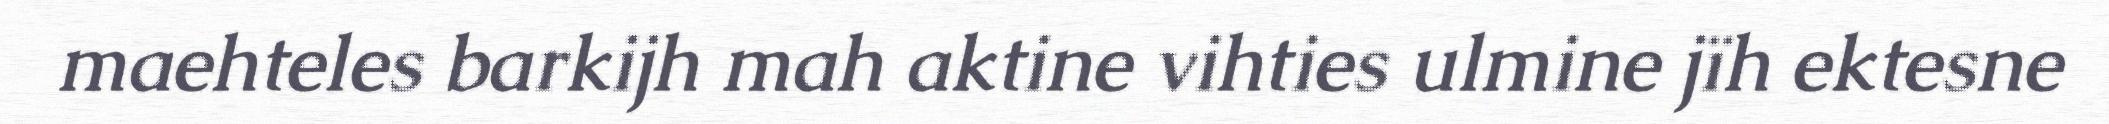
maehteles barkijh mah aktine vihties ulmine jïh ektesne